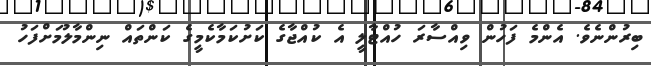
ބިރުންނެވެ. އެންމެ ފަހުން ވިއްސާރަ ހުއްޓާލީ އެ ކުއްޖާގެ ކަށުކަމާކެމީގެ ކަންތައް ނިންމާލުމަށްފަހު